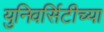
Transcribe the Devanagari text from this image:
युनिवर्सिटीच्या